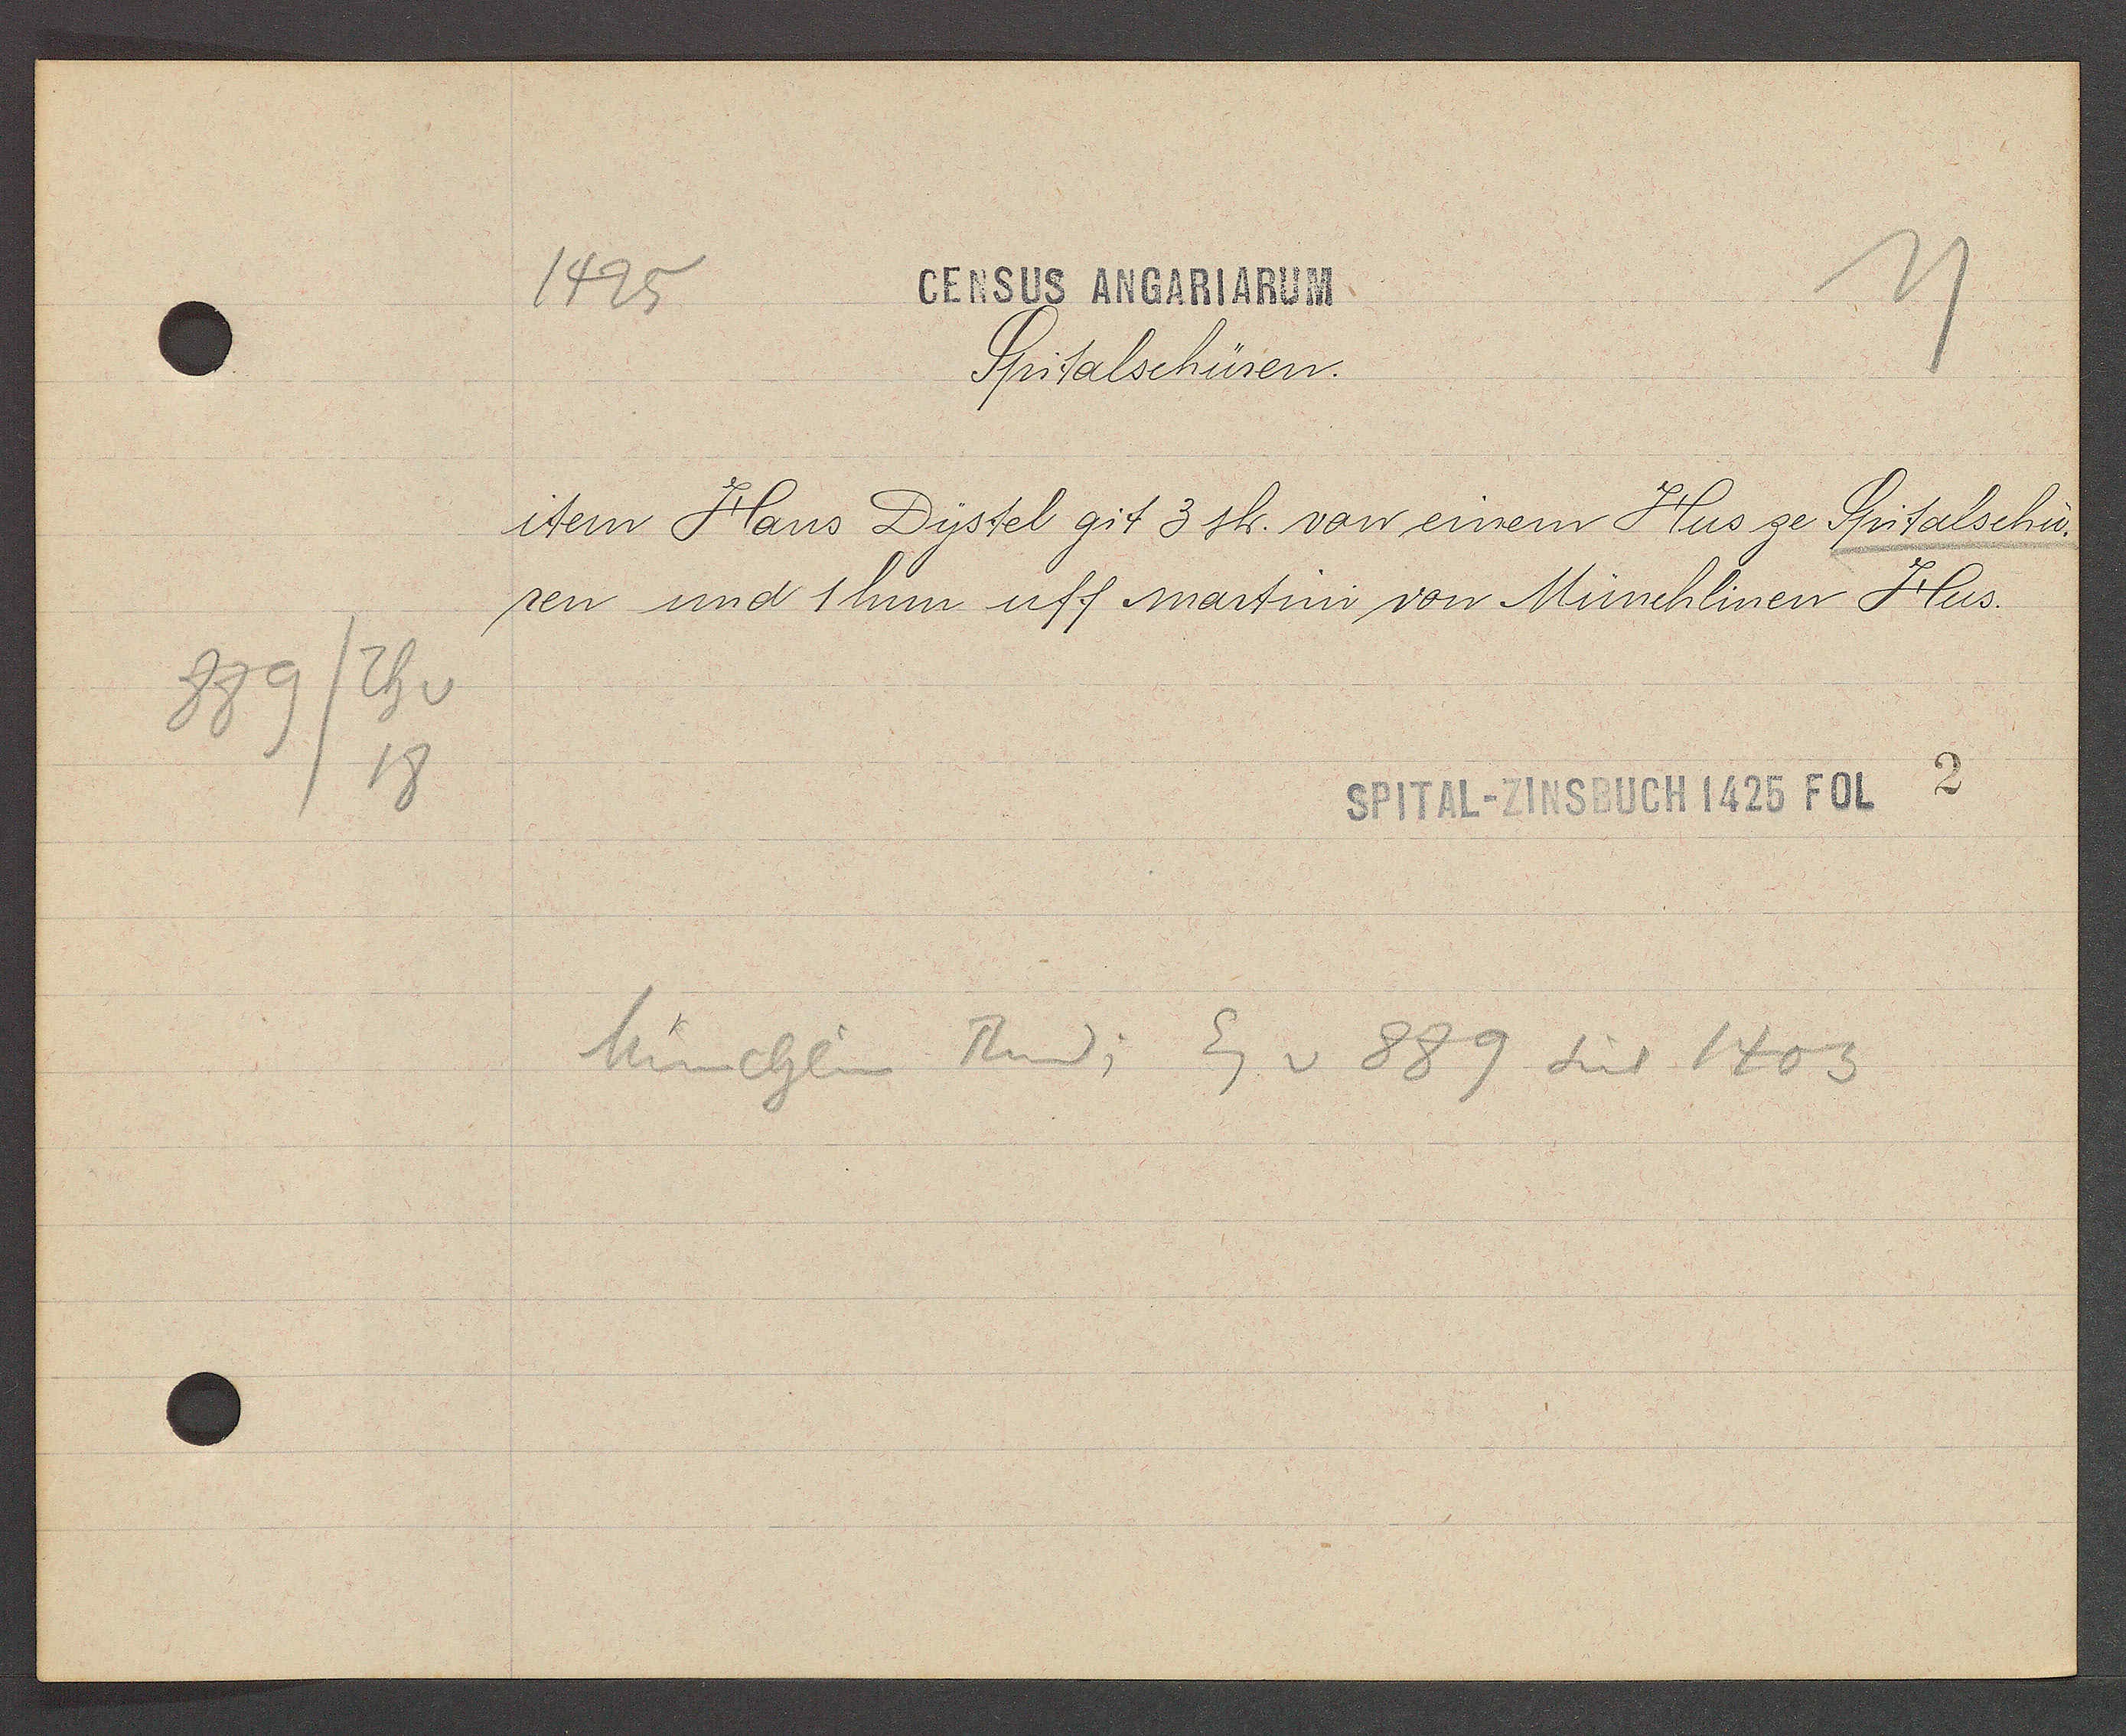
Transcript:
889/Th v
18

CENSUS ANGARIARUM
1425

Spitalschüren.
item Hans Dystel git 3 sh. von einem Hus ze Spitalschu¬
ren und 1 hun uff martini von Münchlinen Hus.

SPITAL-ZINSBUCH 1425 FOL 2

Münchlin Rund; Eg v 889 seit 1403